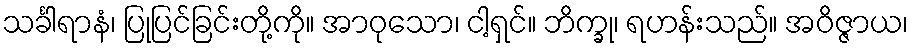
သင်္ခါရာနံ၊ ပြုပြင်ခြင်းတို့ကို။ အာဝုသော၊ ငါ့ရှင်။ ဘိက္ခု၊ ရဟန်းသည်။ အဝိဇ္ဇာယ၊